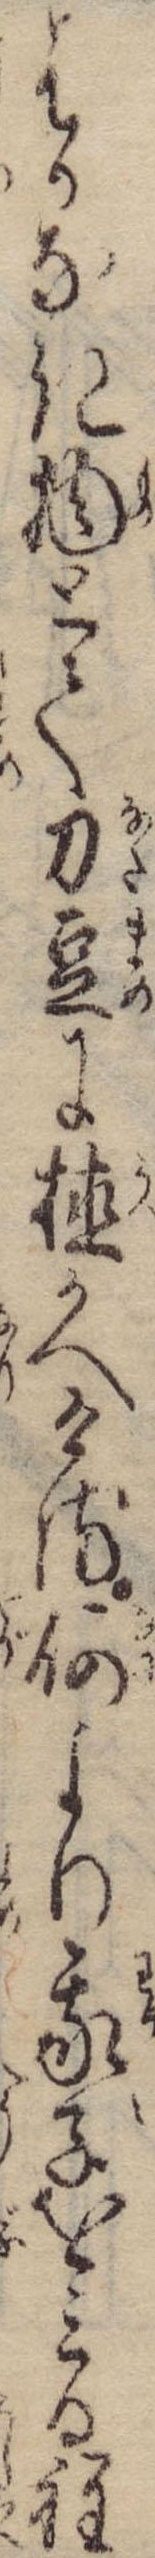
はかなき物とて刀豆に植かへける何より我子をみる程